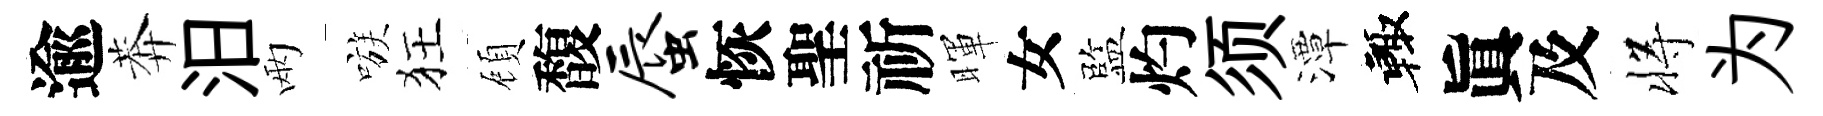
逾莾汨兩嗾狂頋馥蜃恢聖祈暉女監灼须潭輙眞及将为